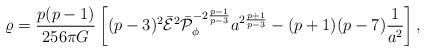
LaTeX: \begin{align*}\varrho={{p(p-1)}\over{256\pi G}}\left[(p-3)^2\bar{\cal E}^2\bar{\cal P}^{-2{{p-1}\over{p-3}}}_{\phi}a^{2{{p+1}\over{p-3}}}-(p+1)(p-7){1\over a^2}\right],\end{align*}